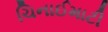
ચિનાઈમાટી